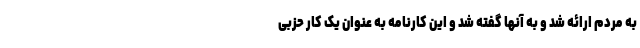
به مردم ارائه شد و به آنها گفته شد و این کارنامه به عنوان یک کار حزبی